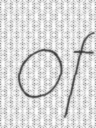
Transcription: of